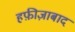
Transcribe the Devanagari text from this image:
हफ़ीज़ाबाद